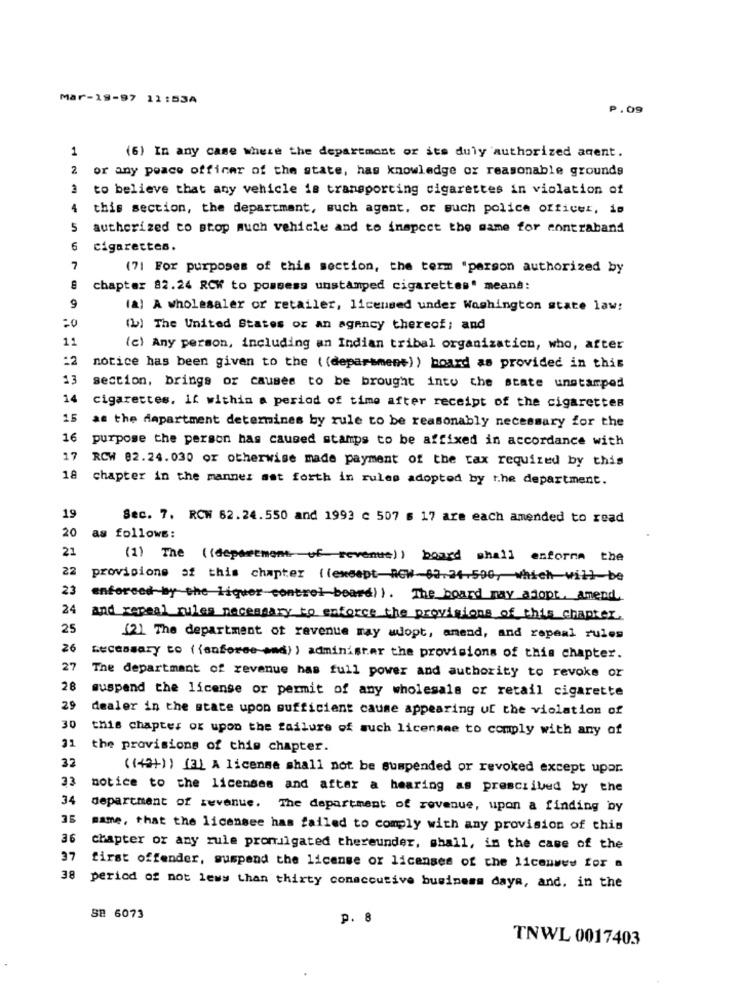
Mar-19-97 11:53A
P.09
1
(6) In any case where the department or its duly authorized agent.
2
or any peace officer of the state, has knowledge ox reasonable grounds
to believe that any vehicle is transporting cigarettes in violation of
4
this section, the department, such agent, or such police officer, is
5
authorized to stop much vehicle and to inspect the same for contraband
6
cigarettes.
7
(71 For purposes of this section, the term "parson authorized by
chapter 82.24 RCW to possess unstamped cigarettes" means:
9
(a) A wholesaler or retailer, licensed under Washington state law:
=0
(b) The United States or an agency thereof; and
11
(c) Any person, including an Indian tribal organization, who, after
:2
notice has been given to the ( (department)) board as provided in this
13
section, brings or causes to be brought into the state unstamped
14
cigarettes. if within a period of time after receipt of the cigarettes
1.5
as the department determines by rule to be reasonably necessary for the
16
purpose the person has caused stamps to be affixed in accordance with
17
RCW 02.24.030 or otherwise made payment of the tax required by this
18 chapter in the manner set forth in rules adopted by the department.
19
Sec. 7. RCN 62.24.550 and 1993 c 507 s 17 are each amended to read
20
as follows:
21
(1) The ((department of revenue) ) board shall enforma the
22
provigione of this chapter ((exceptACW-03.24.500, which will be
23
enforced by the liquer control board) ). The board may adopt, amend.
24
and repeal niles necessary to enforce the provisions of this chapter.
25
(2) The department of revenue may wopt, amend, and repeal rules
26
necessary to ( {anforee-and) ) administer the provisions of this chapter.
27
The department of revenue has full power and authority to revoke or
28
suspend the license or permit of any wholesale or retail cigarette
29
dealer in the state upon sufficient cause appearing uf the violation of
30
this chapter or upon the failure of such licename to comply with any of
the provisions of this chapter.
32
((49+) ) [3] A license shall not be suspended or revoked except upor.
33
notice to the licenses and after a hearing as prescribed by the
34
department of revenue. The department of revenue, upon a finding by
mame, that the licensee has failed to comply with any provision of this
36
chapter or any rule promulgated thereunder, shall, in the case of the
37
first offender, suspend the license or licenses of che liconwes for a
38 period of not lewy than thirty conaccutive business days, and, in the
S8 6073
p. 8
TNWL 0017403